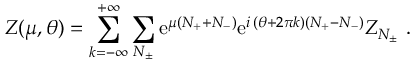
Z ( \mu , \theta ) = \sum _ { k = - \infty } ^ { + \infty } \sum _ { N _ { \pm } } \mathrm { e } ^ { \mu ( N _ { + } + N _ { - } ) } \mathrm { e } ^ { i \, ( \theta + 2 \pi k ) ( N _ { + } - N _ { - } ) } Z _ { N _ { \pm } } \, \, .